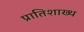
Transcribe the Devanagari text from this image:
प्रातिशाख्थ